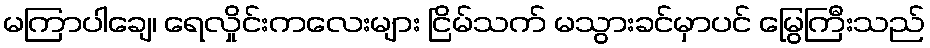
မကြာပါချေ၊ ရေလှိုင်းကလေးများ ငြိမ်သက် မသွားခင်မှာပင် မြွေကြီးသည်